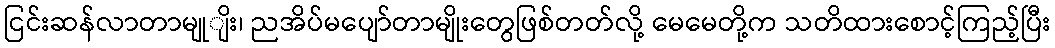
ငြင်းဆန်လာတာမျုျိး၊ ညအိပ်မပျော်တာမျိုးတွေဖြစ်တတ်လို့ မေမေတို့က သတိထားစောင့်ကြည့်ပြီး